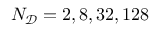
N _ { \mathcal { D } } = 2 , 8 , 3 2 , 1 2 8